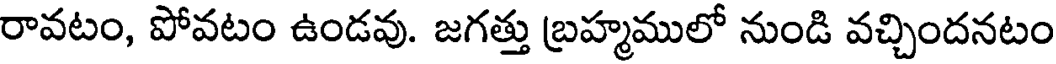
రావటం, పోవటం ఉండవు. జగత్తు బ్రహ్మములో నుండి వచ్చిందనటం